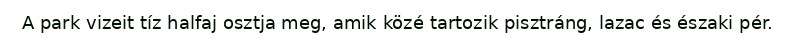
A park vizeit tíz halfaj osztja meg, amik közé tartozik pisztráng, lazac és északi pér.